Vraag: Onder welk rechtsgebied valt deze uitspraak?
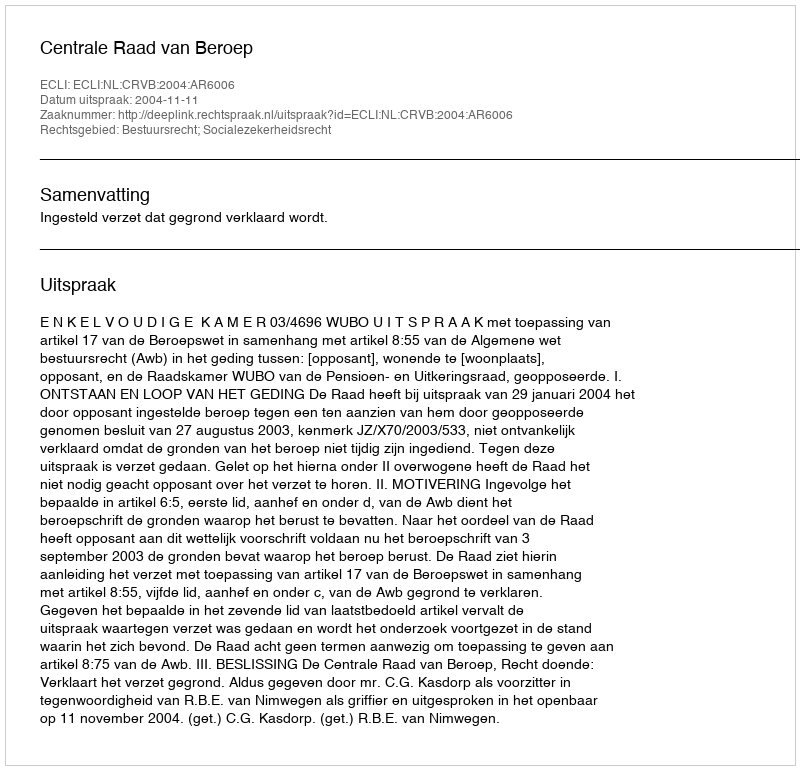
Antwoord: Bestuursrecht; Socialezekerheidsrecht